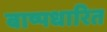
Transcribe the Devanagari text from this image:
बाष्पधारित